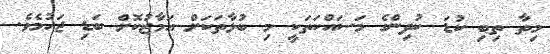
މިތާ ތިބި ކުޑަ ކުދިންގެ މަސައްކަތަކީ މި ބުޅާތަކަށް އަމާޒުކޮށް ބަޑި ޖަހުމެވެ.